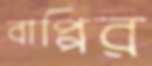
বাপ্পির